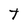
Character: t